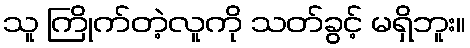
သူ ကြိုက်တဲ့လူကို သတ်ခွင့် မရှိဘူး။